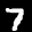
Label: 7